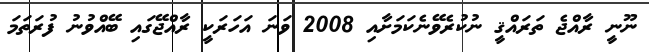
ނޫނީ ރާއްޖެ ތަރައްޤީ ނުކުރެވޭނެކަމަށާއި 2008 ވަނަ އަހަރަކީ ރާއްޖޭގައި ބޭއްވުނު ފުރަތަމަ